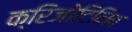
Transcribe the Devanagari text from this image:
क्रिजोटिनिब